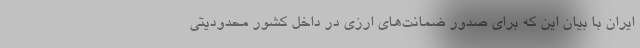
ایران با بیان این که برای صدور ضمانت‌های ارزی در داخل کشور محدودیتی